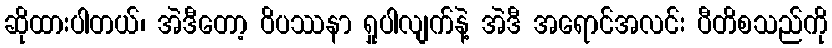
ဆိုထားပါတယ်၊ အဲဒီတော့ ဝိပဿနာ ရှုပါလျက်နဲ့ အဲဒီ အရောင်အလင်း ပီတိစသည်ကို